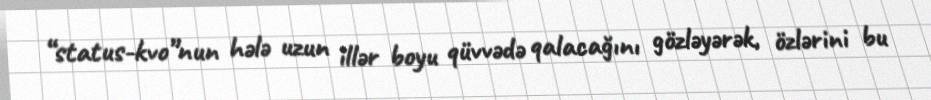
“status-kvo”nun hələ uzun illər boyu qüvvədə qalacağını gözləyərək, özlərini bu